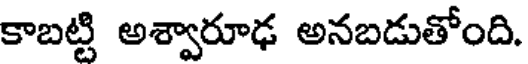
కాబట్టి అశ్వారూఢ అనబడుతోంది.